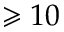
\geqslant 1 0